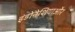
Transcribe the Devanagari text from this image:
इंडोनेशियाऔर